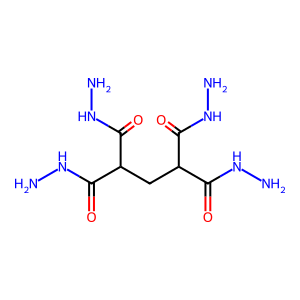
SMILES: NNC(=O)C(CC(C(=O)NN)C(=O)NN)C(=O)NN
Inhibits HIV replication: No